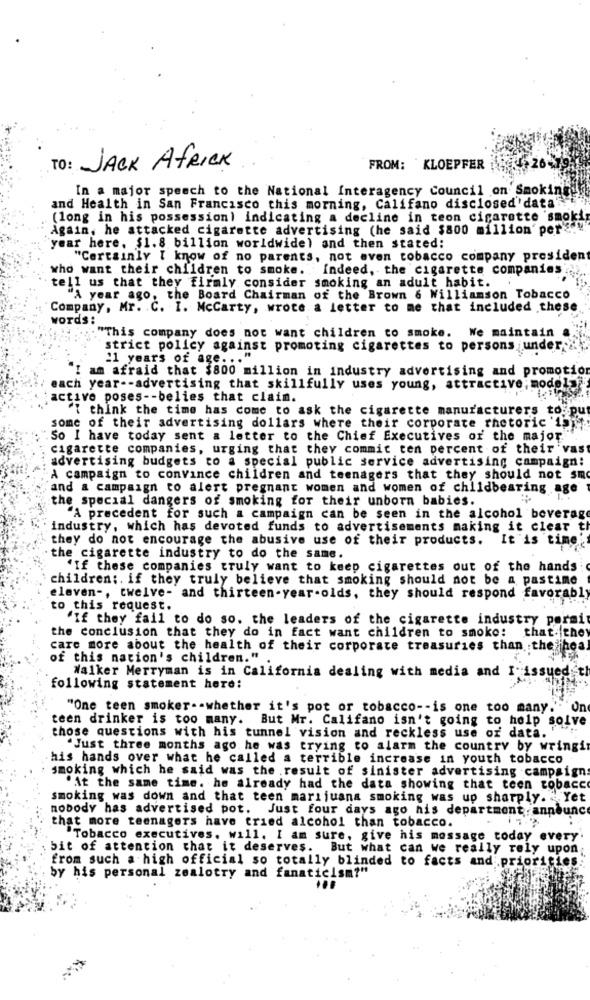
To: JACK AfRICK
FROM: KLOEPFER
In a major speech to the National Interagency Council on Smokinguk
and Health in San Francisco this morning, Califano disclosed''data"!"
(long in his possession) indicating a decline in teon cigarette smokin
Again, he attacked cigarette advertising (he said $800 million' per""""
year here, $1.8 billion worldwide) and then stated:
"Certainly [ know of no parents, not even tobacco company president
who want their children to smoke.
Indeed, the cigarette companies
tell us that they firmly consider smoking an adult habit.
"A year ago, the Board Chairman of the Brown & Williamson Tobacco
Company, Mr. C. I. Mccarty, wrote a letter to me that included these
words :
"This company does not want children to smoke. We maintain a
strict policy against promoting cigarettes to persons under
21 years of age ... "
I am afraid that $800 million in industry advertising and promotion
each year -- advertising that skillfully uses young, attractive; model
activo poses -- belies that clain.
"I think the time has come to ask the cigarette manufacturers to. put
some of their advertising dollars where their corporate rhetoric "font:
So I have today sent a letter to the Chief Executives or the major.
cigarette companies, urging that they commit ten percent of their vas
advertising budgets to a special public service advertising campaign:
A campaign to convince children and teenagers that they should not smo
and a campaign to alert pregnant women and women of childbearing age
the special dangers of smoking for their unborn babies.
"A precedent for such a campaign can be seen in the alcohol beverage
industry, which has devoted funds to advertisements making it clear t
they do not encourage the abusive use of their products.
It is time
the cigarette industry to do the same.
"If these companies truly want to keep cigarettes out of the hands
children ;. if they truly believe that smoking should not be a pastime
eleven -, twelve- and thirteen-year-olds, they should respond favorably
to this request.
'If they fail to do so. the leaders of the cigarette industry pormi
the conclusion that they do in fact want children to smoke:
that the
care more about the health of their corporate treasuries than the hoal
of this nation's children."
Walker Merryman is in California dealing with media and I- issued th
following statement here:
"One teen smoker. - whether it's pot of tobacco -- is one too many.' Un
teen drinker is too many. But Mr. Califano isn't going to help solve
those questions with his tunnel vision and reckless use or data.
"Just three months ago he was trying to alarm the country by wringit
his hands over what he called a terrible increase in youth tobacco
smoking which he said was the result of sinister advertising campaigns
"At the same time. he already had the data showing that teen tobacco
smoking was down and that teen marijuana smoking was up sharply. Y
nobody has advertised pot.
Just four days ago his department: announce
that more teenagers have tried alcohol than tobacco.
Tobacco executives. will. I am sure, give his message today every'
bit of attention that it deserves.
But what can we really rely upon
from such a high official so totally blinded to facts and priorities.
by his personal zealotry and fanaticism?"